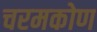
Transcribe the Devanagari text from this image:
चरमकोण